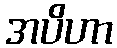
အပိဟာ